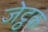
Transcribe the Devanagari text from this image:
जेट्ठक